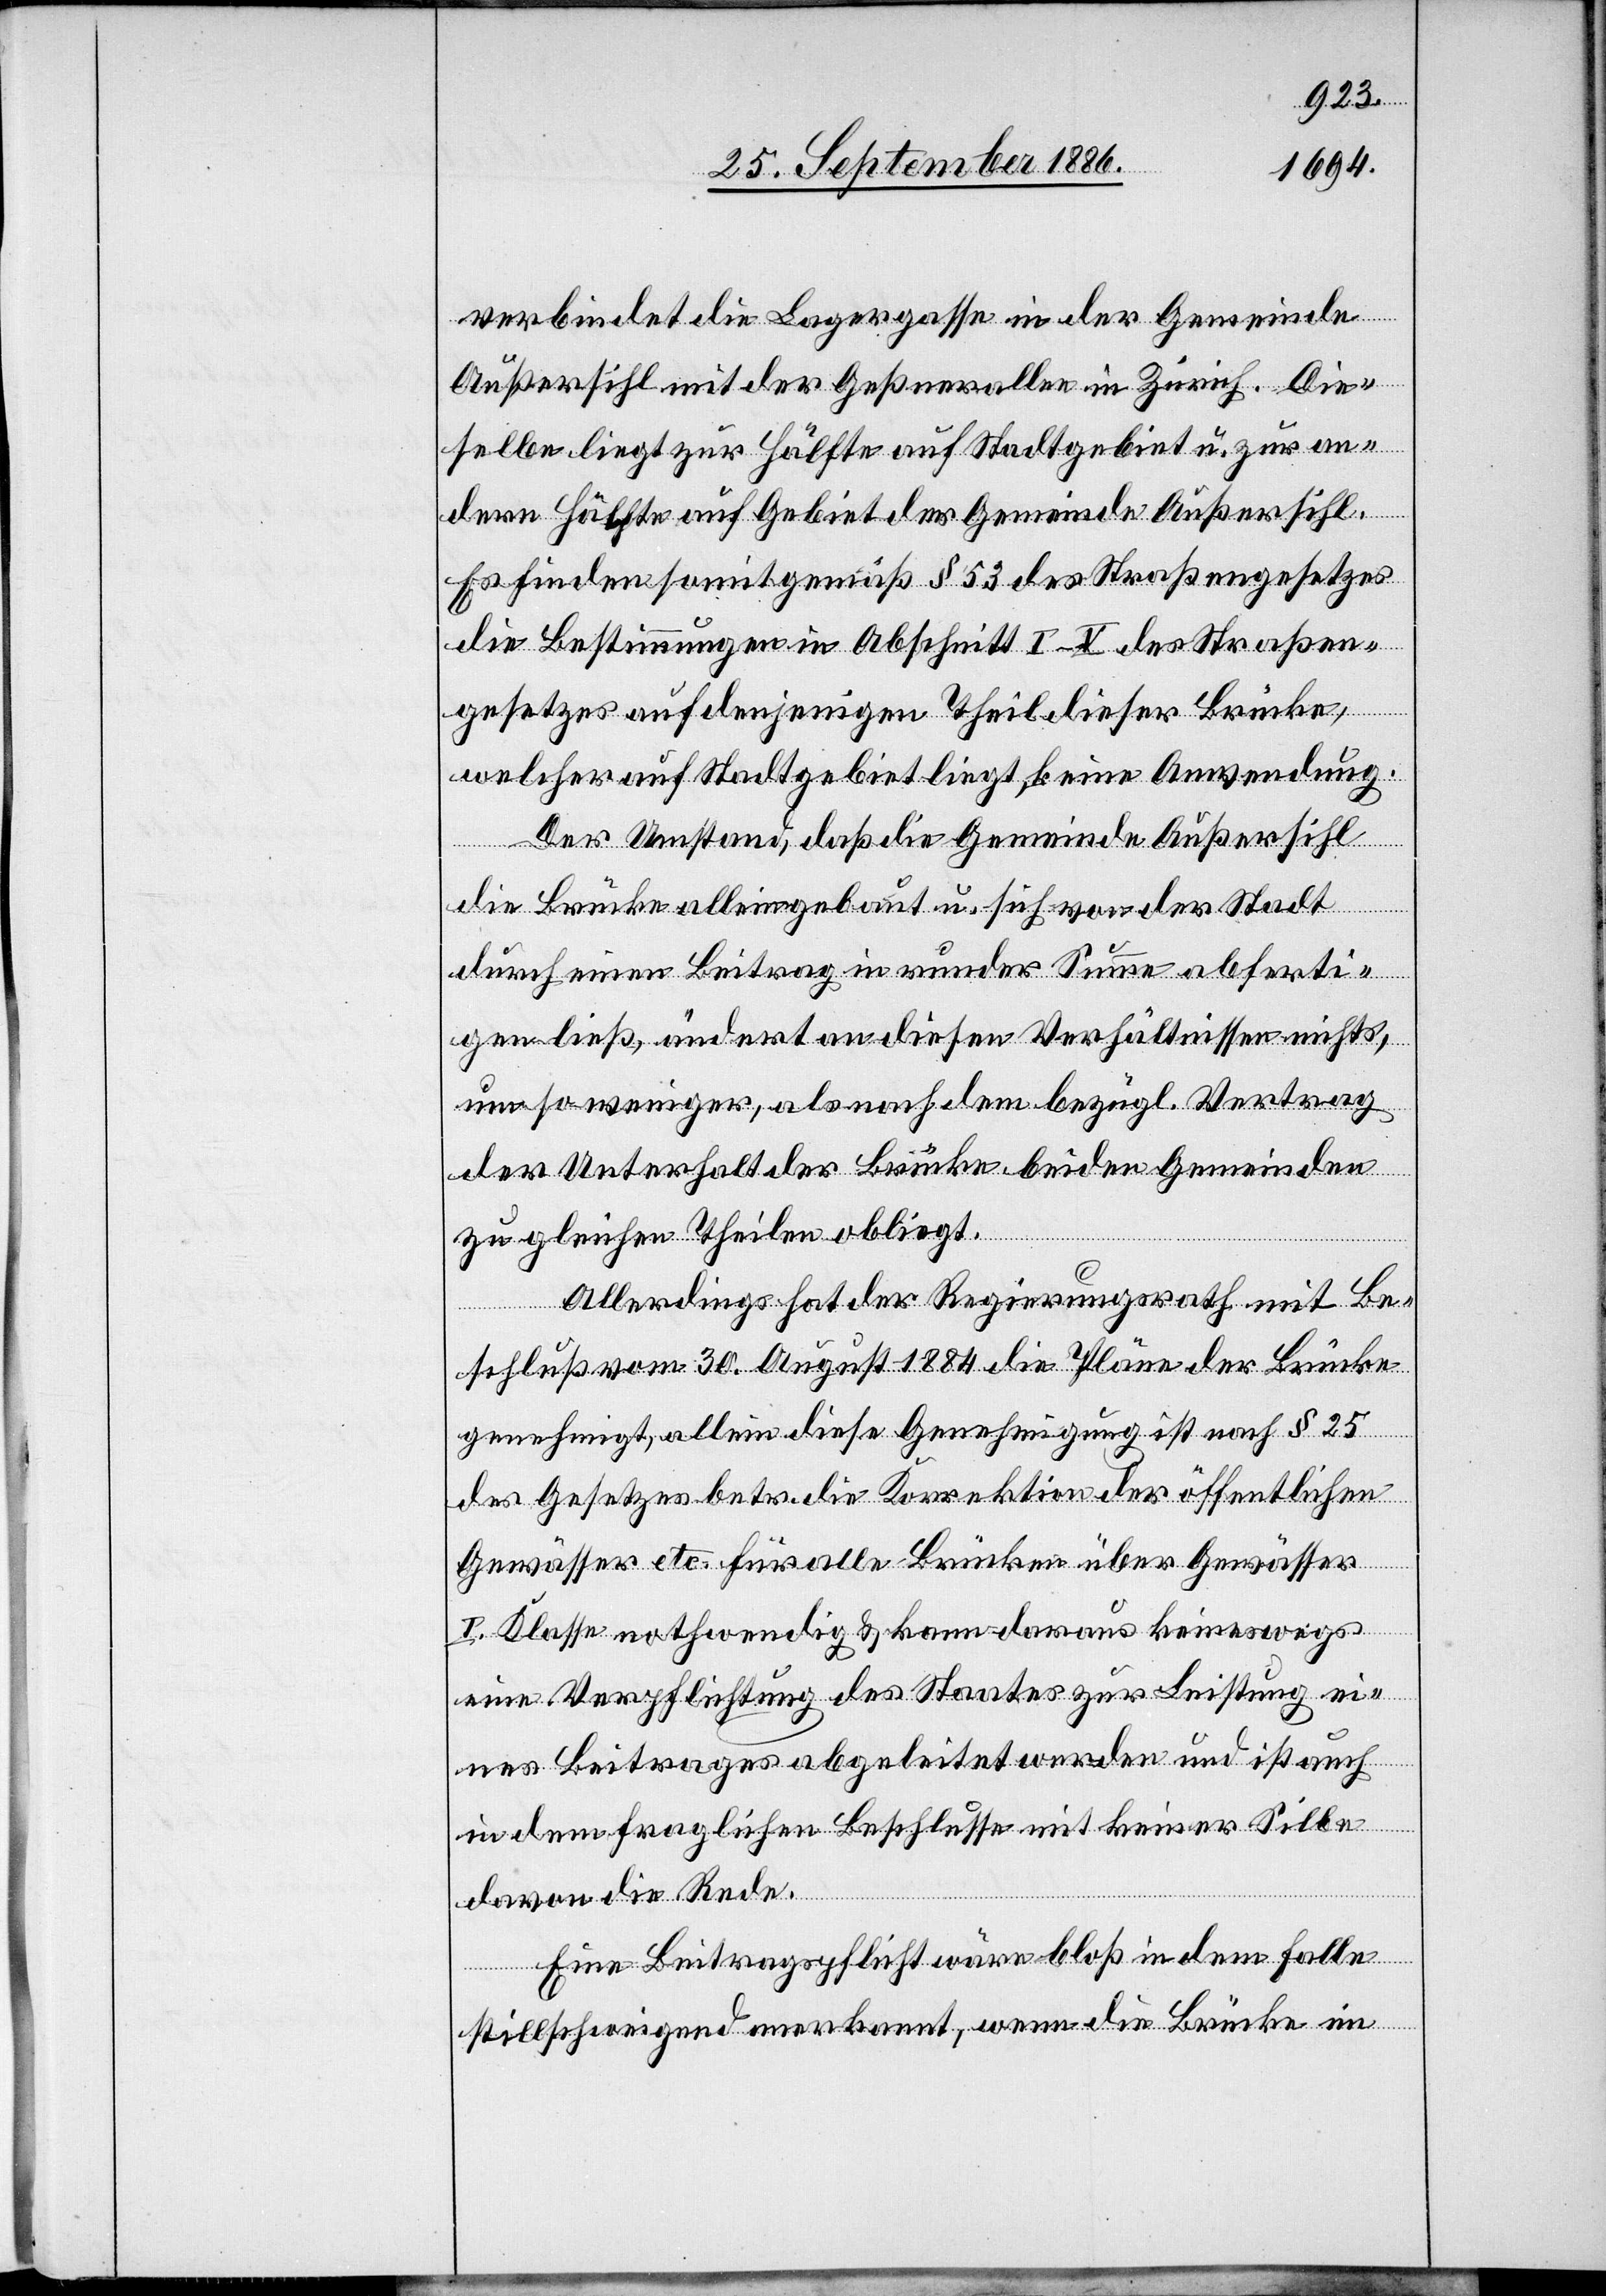
verbindet die Lagergasse in der Gemeinde
Außersihl mit der Geßnerallee in Zürich. Die¬
selbe liegt zur Hälfte auf Stadtgebiet u. zur an¬
dern Hälfte auf Gebiet der Gemeinde Außersihl.
Es finden somit gemäß § 53 des Straßengesetzes
die Bestimmungen in Abschnitt I–V des Straßen¬
gesetzes auf denjenigen Theil dieser Brücke,
welcher auf Stadtgebiet liegt, keine Anwendung.
Der Umstand, daß die Gemeinde Außersihl
die Brücke allein gebaut u. sich von der Stadt
durch einen Beitrag in runder Summe abferti¬
gen ließ, ändert an diesen Verhältnissen nichts,
um so weniger, als nach dem bezügl. Vertrag
der Unterhalt der Brücke beiden Gemeinden
zu gleichen Theilen obliegt.
Allerdings hat der Regierungsrath mit Be¬
schluß vom 30. August 1884 die Pläne der Brücke
genehmigt, allein diese Genehmigung ist nach § 25
des Gesetzes betr. die Korrektion der öffentlichen
Gewässer etc. für alle Brücken über Gewässer
I. Klasse nothwendig & kann daraus keineswegs
eine Verpflichtung des Staates zur Leistung ei¬
nes Beitrages abgeleitet werden und ist auch
in dem fraglichen Beschlusse mit keiner Silbe
davon die Rede.
Eine Beitragspflicht wäre bloß in dem Falle
stillschweigend anerkannt, wenn die Brücke im